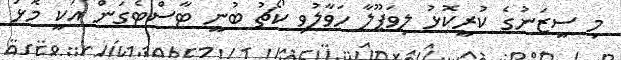
މި ސީޒަނުގެ ކުރީކޮޅު ލިވަޕޫލާ ހަވާލުވި ކޯޗު ބުނީ ޓާސްޓެގަން އަކީ މޮޅު